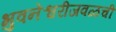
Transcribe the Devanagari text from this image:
भुवनेश्वरीजवळची